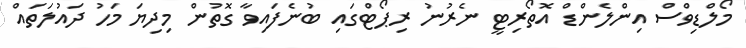
މޯލްޑިވްސް އިންލެންޑް އޮތޯރިޓީ ނެރުނު ރިޕޯޓްގައި ބުނެފައިވާ ގޮތުން މިދިޔަ މަހު ދައުލަތައް